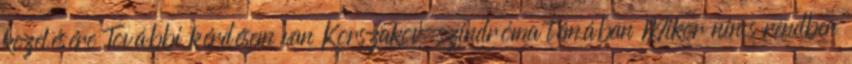
kezelésére További kérdésem van Korszakov-szindróma témában Mikor nincs rendben